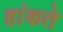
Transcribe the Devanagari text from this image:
हांकते